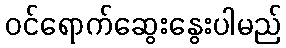
ဝင်ရောက်ဆွေးနွေးပါမည်